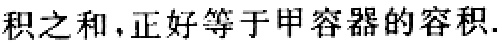
积之和,正好等于甲容器的容积.